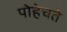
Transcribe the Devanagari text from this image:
पोहेचते